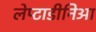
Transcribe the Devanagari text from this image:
लेप्टाडीनिआ